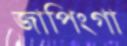
জাপিংগা